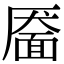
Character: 靥